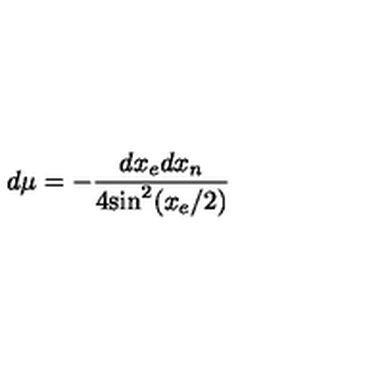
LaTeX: d \mu = - \frac { d x _ { e } d x _ { n } } { 4 \mathrm { s i n } ^ { 2 } ( x _ { e } / 2 ) }